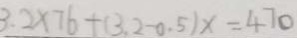
3 . 2 \times 7 6 + ( 3 . 2 - 0 . 5 ) x = 4 7 0